King Institute of Preventive Medicine Micro-Biological Section reports 1912-19
Year: 1912
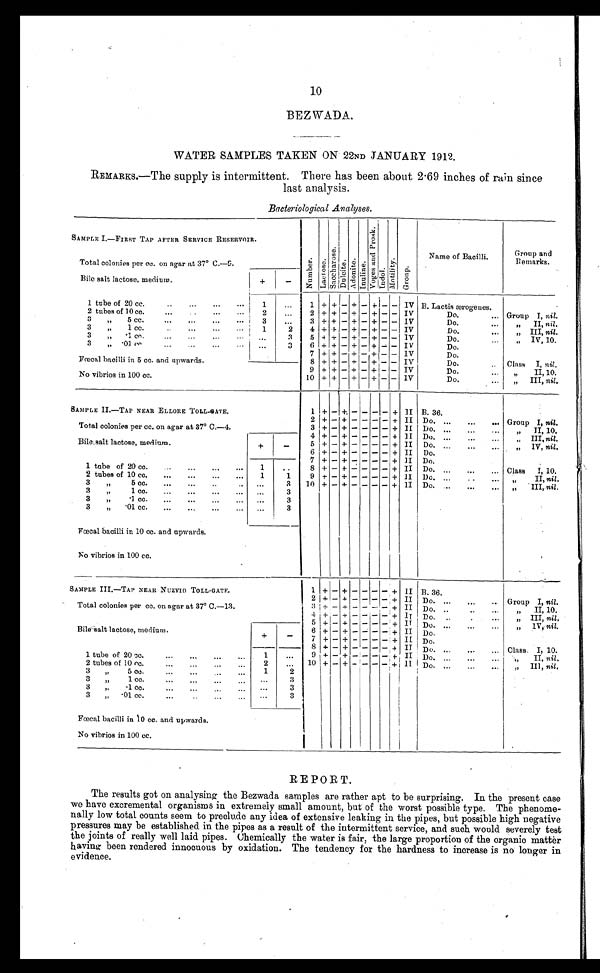
10
BEZWADA.
WATER SAMPLES TAKEN ON 22ND JANUARY 1912.
REMARKS.—The supply is intermittent. There has been about 2.69 inches of rain since
last analysis.
Bacteriological Analyses.
SAMPLE I.—FIRST TAP AFTER SERVICE RESERVOIR.
N u m b e r . L a c t o s e . S a c c h a r o s e . D u l c i t e . A d o n i t e . I n u l i n e .
V o g e s a n d P r o s k .
I n d o l .
M o t i l i t y .
G r o u p .
Name of Bacilli.
Group and
Remarks.
Total colonies per cc. on agar at 37º C.—9.
Bile salt lactose, medium.
+
-
1 tube of 20 cc. . . .
1
. . .
1 + + - + - + - -
IV B. Lactis ærogenes.
Group I, nil.
2 + + - + - + - - IV
Do. . . .
2 tubes of 10 cc. . . .
2 . . .
3
"
5 cc. . . .
3
. . .
3 + + - + - + - - IV
Do. . . .
" II, nil.
3
" 1 cc. . . .
1
2
4 + + - + - + - - IV
Do. . . .
" III, nil.
3
"
.1 cc. . . .
. . .
3
5 + + - + - + - - IV
Do. . . .
" I V, 10.
3
" .01 cc. . . .
. . .
3
6 + + - + - + - - IV
Do.
7 + + - + - + - - IV
Do.
Fœcal bacilli in 5 cc. and upwards.
8 + + - + - + - - IV
Do. . . .
Class I, nil.
9 + + - + - + - - IV
Do. . . .
" II, 10.
No vibrios in 100 cc.
10 + + - + - + - - IV
Do. . . .
" III, nil.
1 + - + - - - - + II B. 36.
Group I, nil.
SAMPLE II.—TAP NEAR ELLORE TOLL-GATE.
2 + - + - - - - + II Do. . . .
Total colonies per cc. on agar at 37° C.—4.
3 + - + - - - - + II Do. . . .
" II, 10.
4 + - + - - - - + II Do. . . .
" III, nil.
Bile salt lactose, medium.
+
-
5 + - + - - - - + II Do. . . .
" IV, nil.
6 + - + - - - - + II Do.
7 + - + - - - - + II Do.
1 tube of 20 cc. . . .
1 . . .
8 + - + - - - - + II Do. . . .
Class I, 10.
9 + - + - - - - + II Do. . . .
" II, nil .
2 tubes of 10 cc. . . .
1
1
10 + - + - - - - + II Do.
" III, nil.
3 " 5 cc. . . .
. . .
3
3 " 1 cc. . . .
. . .
3
3
" .1 cc. . . .
. . .
3
3 "
.01 cc. . . .
. . .
3
Fœcal bacilli in 10 cc. and upwards.
No vibrios in 100 cc.
SAMPLE III.—TAP NEAR NUZVID TOLL-GATE.
1 + - + - - - - + II B. 36.
2 + - + - - - - + II Do. . . .
Group I, nil.
Total colonies per cc. on agar at 37° C.—13.
3 + - + - - - - + II Do. . . .
" II, 10.
4 + - + - - - - + II
" III, nil.
Do. . . .
5 + - + - - - - + II
" IV, nil.
Do. . . .
Bile salt lactose, medium.
+
-
6 + - + - - - - + II Do.
7 + - + - - - - + II Do.
8 + - + - - - - + II
Class. I, 10.
Do. . . .
1 tube of 20 cc. . . .
1
. . .
9 + - + - - - - + II
" II, nil.
Do.
10 + - + - - - - + II
" III, nil.
2 tubes of 10 cc. . . .
2
. . .
Do. . . .
3 " 5 cc. . . .
1
2
3 " 1 cc. . . .
. . .
3
3 " .1 cc. . . .
. . .
3
3 " .01 cc. . . .
. . .
3
Fœcal bacilli in 10 cc. and upwards.
No vibrios in 100 cc.
REPORT.
The results got on analysing the Bezwada samples are rather apt to be surprising. In the present case
we have excremental organisms in extremely small amount, but of the worst possible type. The phenome
-
nally low total counts seem to preclude any idea of extensive leaking in the pipes, but possible high negative
pressures may be established in the pipes as a result of the intermittent service, and such would severely test
the joints of really well laid pipes. Chemically the water is fair, the large proportion of the organic matter
having been rendered innocuous by oxidation. The tendency for the hardness to increase is no longer in
evidence.